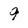
Character: 9